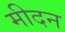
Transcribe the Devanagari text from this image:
मीदन